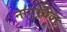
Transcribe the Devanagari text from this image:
नागुरवेल